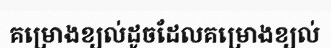
គម្រោងខ្យល់ដូចដែលគម្រោងខ្យល់